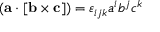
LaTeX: ( \mathbf { a } \cdot [ \mathbf { b } \times \mathbf { c } ] ) = \varepsilon _ { i j k } a ^ { i } b ^ { j } c ^ { k }